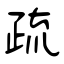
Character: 疏